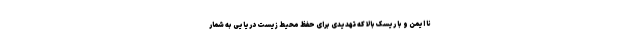
نا ایمن و با ریسک بالا که تهدیدی برای حفظ محیط زیست دریایی به شمار